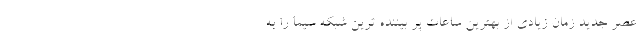
عصر جدید زمان زیادی از بهترین ساعات پر بیننده ترین شبکه سیما را به